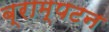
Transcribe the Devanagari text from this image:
ब्राम्पटन